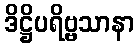
ဒိဋ္ဌိပရိဗ္ဗသာနာ